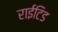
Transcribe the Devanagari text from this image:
राईटिड